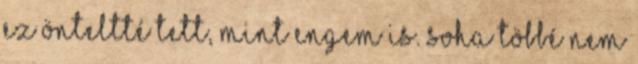
ez önteltté tett, mint engem is. Soha többé nem